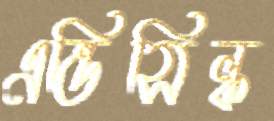
এন্ডিসিল্ক